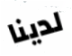
لدينا